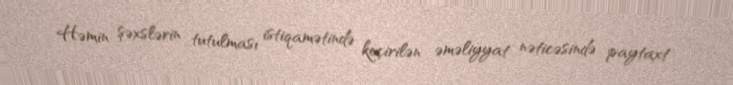
Həmin şəxslərin tutulması istiqamətində keçirilən əməliyyat nəticəsində paytaxt